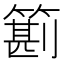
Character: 䉇